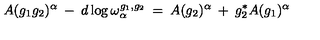
A ( g _ { 1 } g _ { 2 } ) ^ { \alpha } \: - \: d \log \omega _ { \alpha } ^ { g _ { 1 } , g _ { 2 } } \: = \: A ( g _ { 2 } ) ^ { \alpha } \: + \: g _ { 2 } ^ { * } A ( g _ { 1 } ) ^ { \alpha }